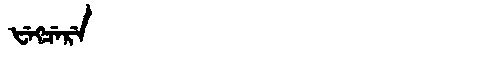
Manchu: ᡶᡝᡴᠴᡝᡵᡝ
Romanization: FEKCERE